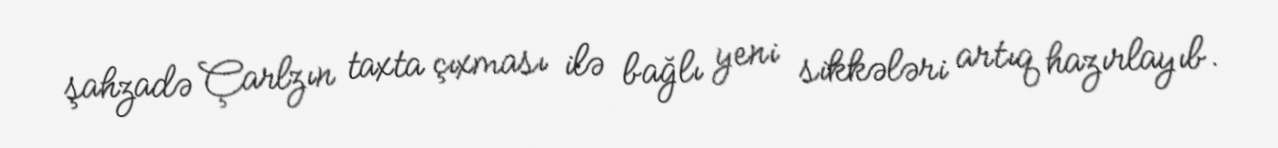
şahzadə Çarlzın taxta çıxması ilə bağlı yeni sikkələri artıq hazırlayıb.